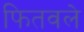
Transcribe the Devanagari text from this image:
फितवले